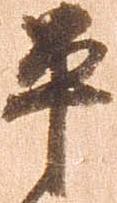
平